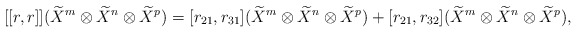
\begin{align*}[[r,r]](\widetilde{X}^{m}\otimes \widetilde{X}^{n}\otimes \widetilde{X}^{p})=[r_{21},r_{31}](\widetilde{X}^{m}\otimes \widetilde{X}^{n}\otimes \widetilde{X}^{p})+[r_{21},r_{32}](\widetilde{X}^{m}\otimes \widetilde{X}^{n}\otimes \widetilde{X}^{p}),\end{align*}